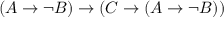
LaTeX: ( A \to \lnot B ) \to ( C \to ( A \to \lnot B ) )